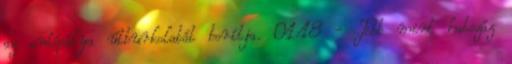
az autópálya útburkolatát borítja. 01:18 - Több mint hatszáz